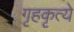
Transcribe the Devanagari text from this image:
गृहकृत्ये